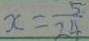
x = \frac { 5 } { 2 4 }